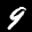
Digit: 9